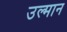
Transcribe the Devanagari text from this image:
उल्मान